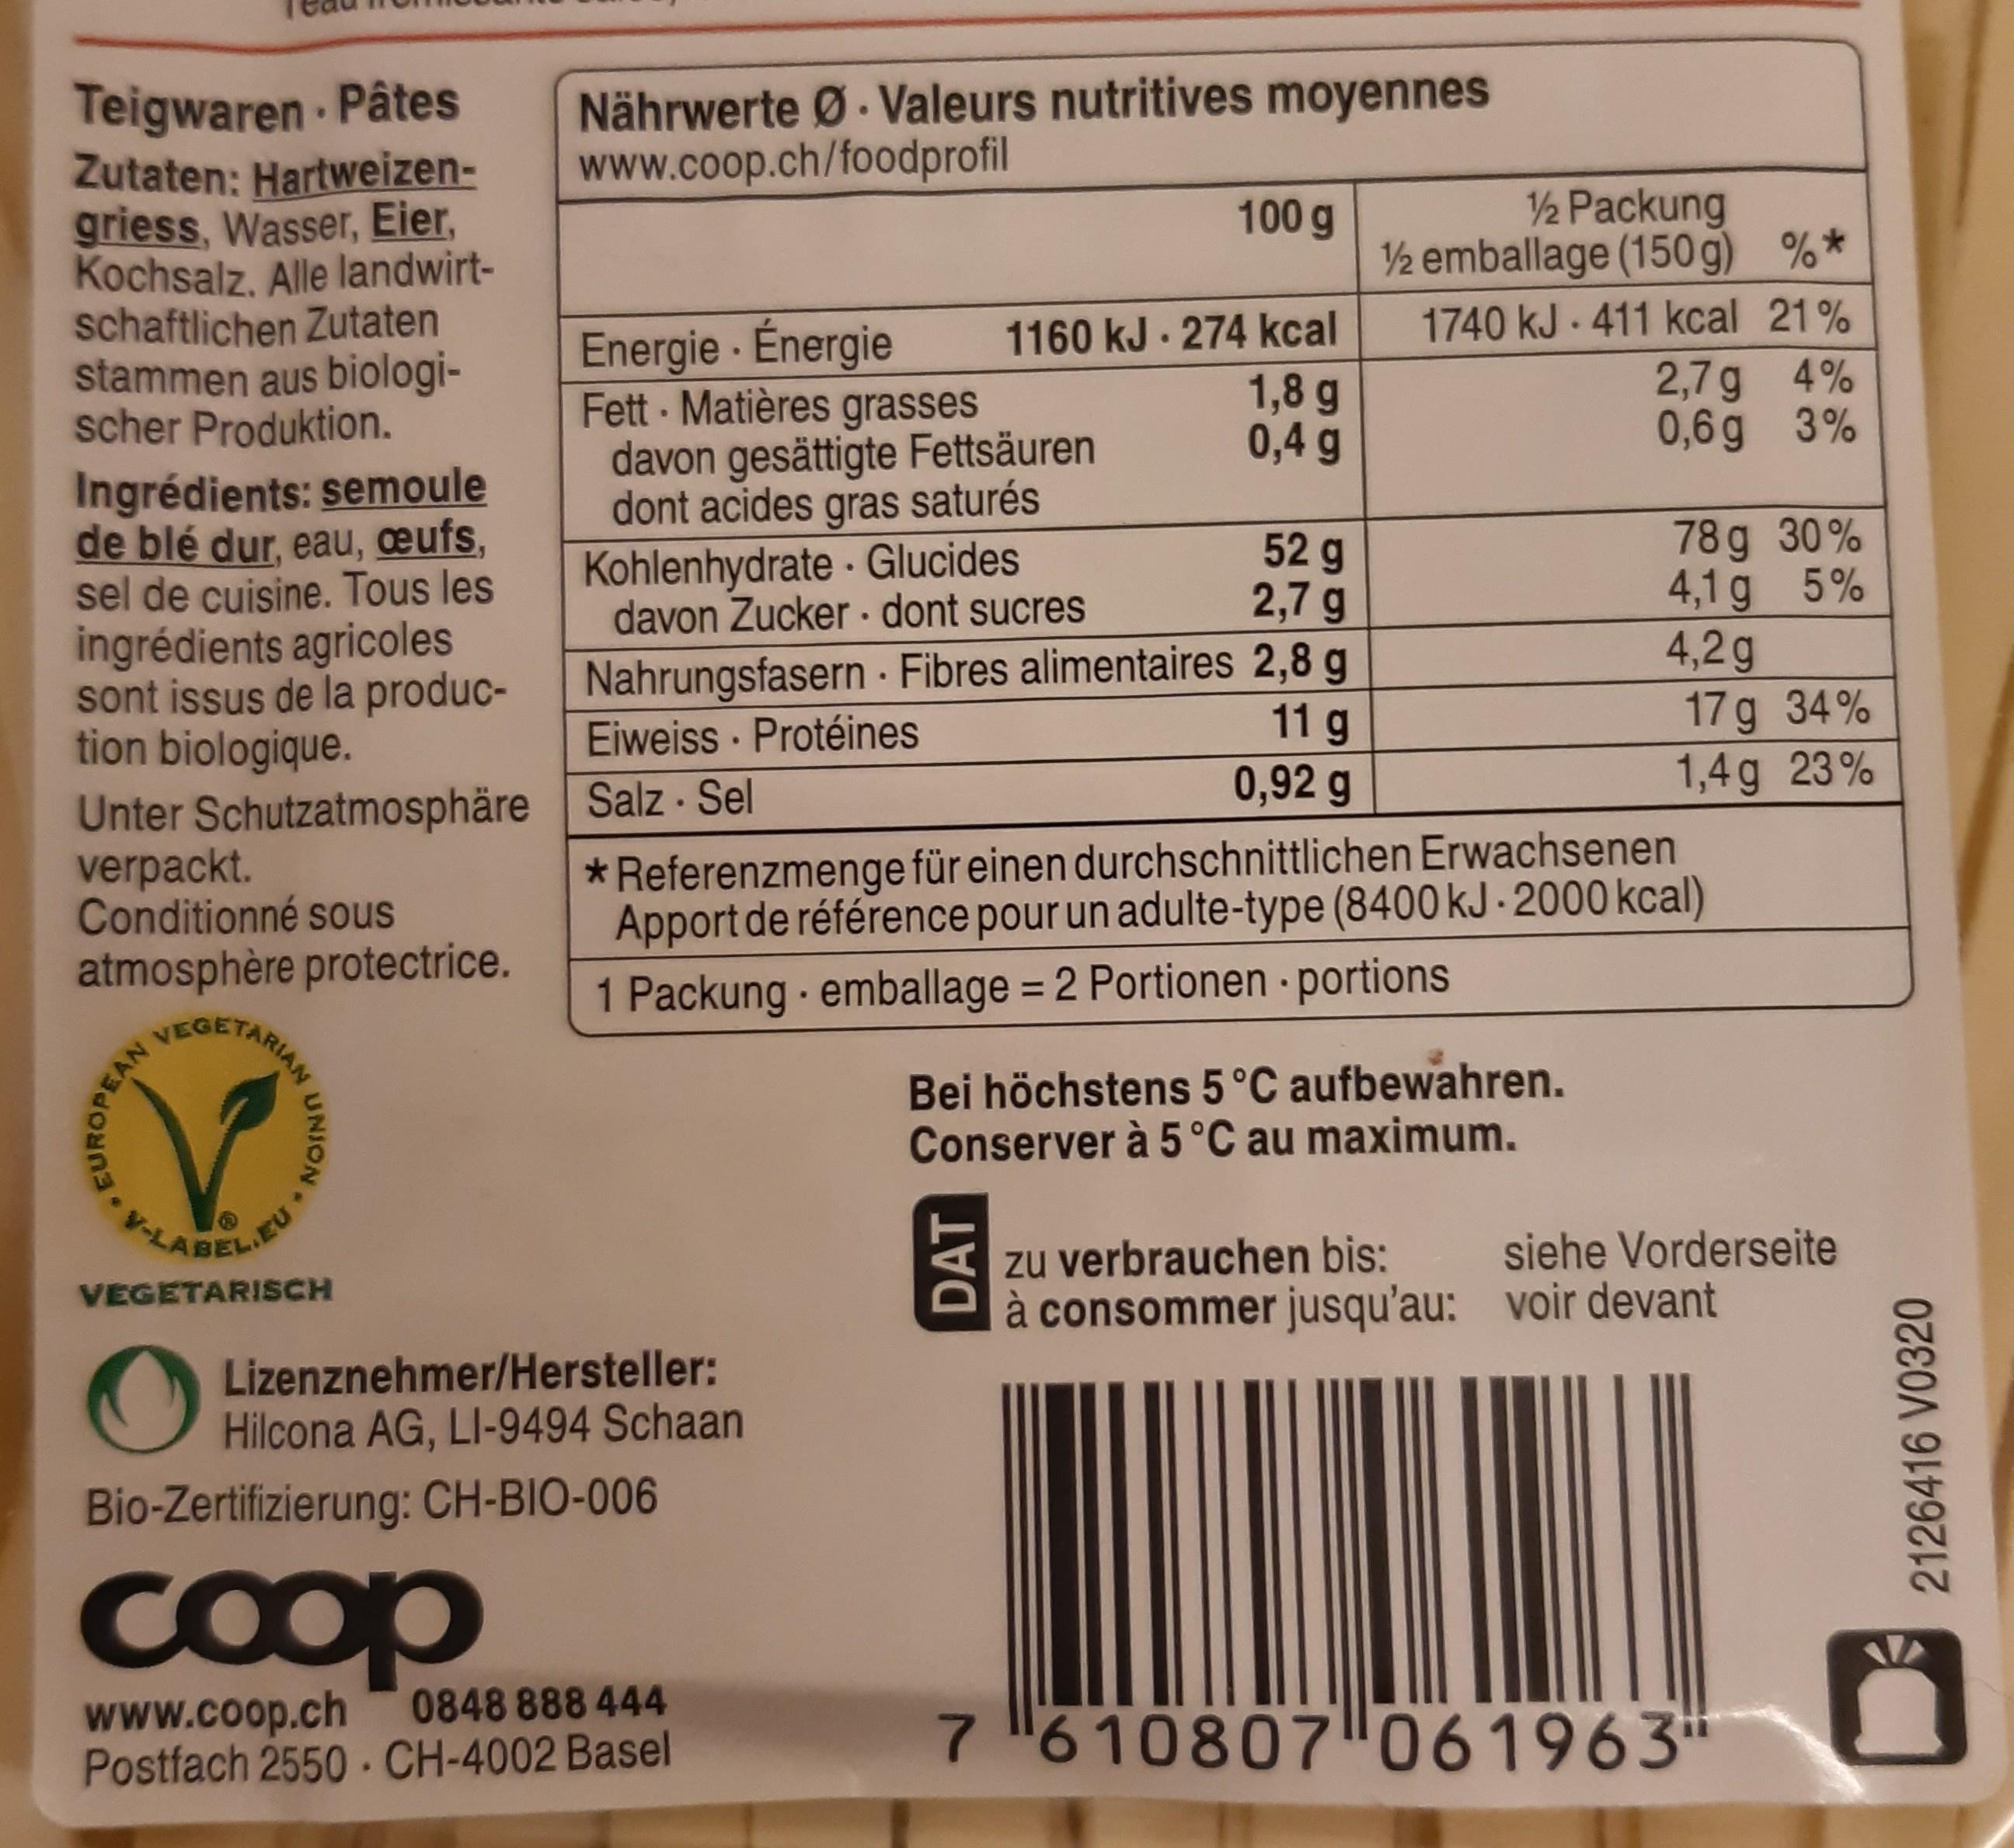
Nährwerte Ø- Valeurs nutritives moyennes www.coop.ch/foodprofil
Teigwaren Pâtes Zutaten: Hartweizen- griess, Wasser, Eier, Kochsalz. Alle landwirt- schaftlichen Zutaten stammen aus biologi- scher Produktion.
½ Packung ½ emballage (150g) %* 1740 kJ - 411 kcal 21% 2,7g 4% 0,6g 3%
100 g
1160 kJ - 274 kcal 1,8 g 0,4 g
Ingrédients: semoule de blé dur, eau, œufs, sel de cuisine. Tous les ingrédients agricoles sont issus de la produc- tion biologique.
Energie Énergie Fett Matières grasses davon gesättigte Fettsäuren dont acides gras saturés Kohlenhydrate - Glucides davon Zucker · dont sucres
78 g 30% 4,1 g 5% 4,2g 17 g 34% 1,4g 23%
52 g 2,7 g
Nahrungsfasern - Fibres alimentaires 2,8 g 11 g 0,92 g
Eiweiss · Protéines
Unter Schutzatmosphäre Salz Sel verpackt. Conditionné sous atmosphère protectrice. VEGETARIA
* Referenzmenge für einen durchschnittlichen Erwachsenen Apport de référence pour un adulte-type (8400 kJ - 2000 kcal) 1 Packung emballage = 2 Portionen portions
%3D
Bei höchstens 5°C aufbewahren. Conserver à 5°C au maximum.
ABELIEU
zu verbrauchen bis: à consommer jusqu'au: voir devant
siehe Vorderseite
VEGETARISCH
Lizenznehmer/Hersteller: Hilcona AG, LI-9494 Schaan
Bio-Zertifizierung: CH-BIO-006
Coop
0848 888 444
www.coop.ch Postfach 2550 CH-4002 Basel
7 610807 061963*
EUROPEAN
UNION
DAT
2126416 V0320